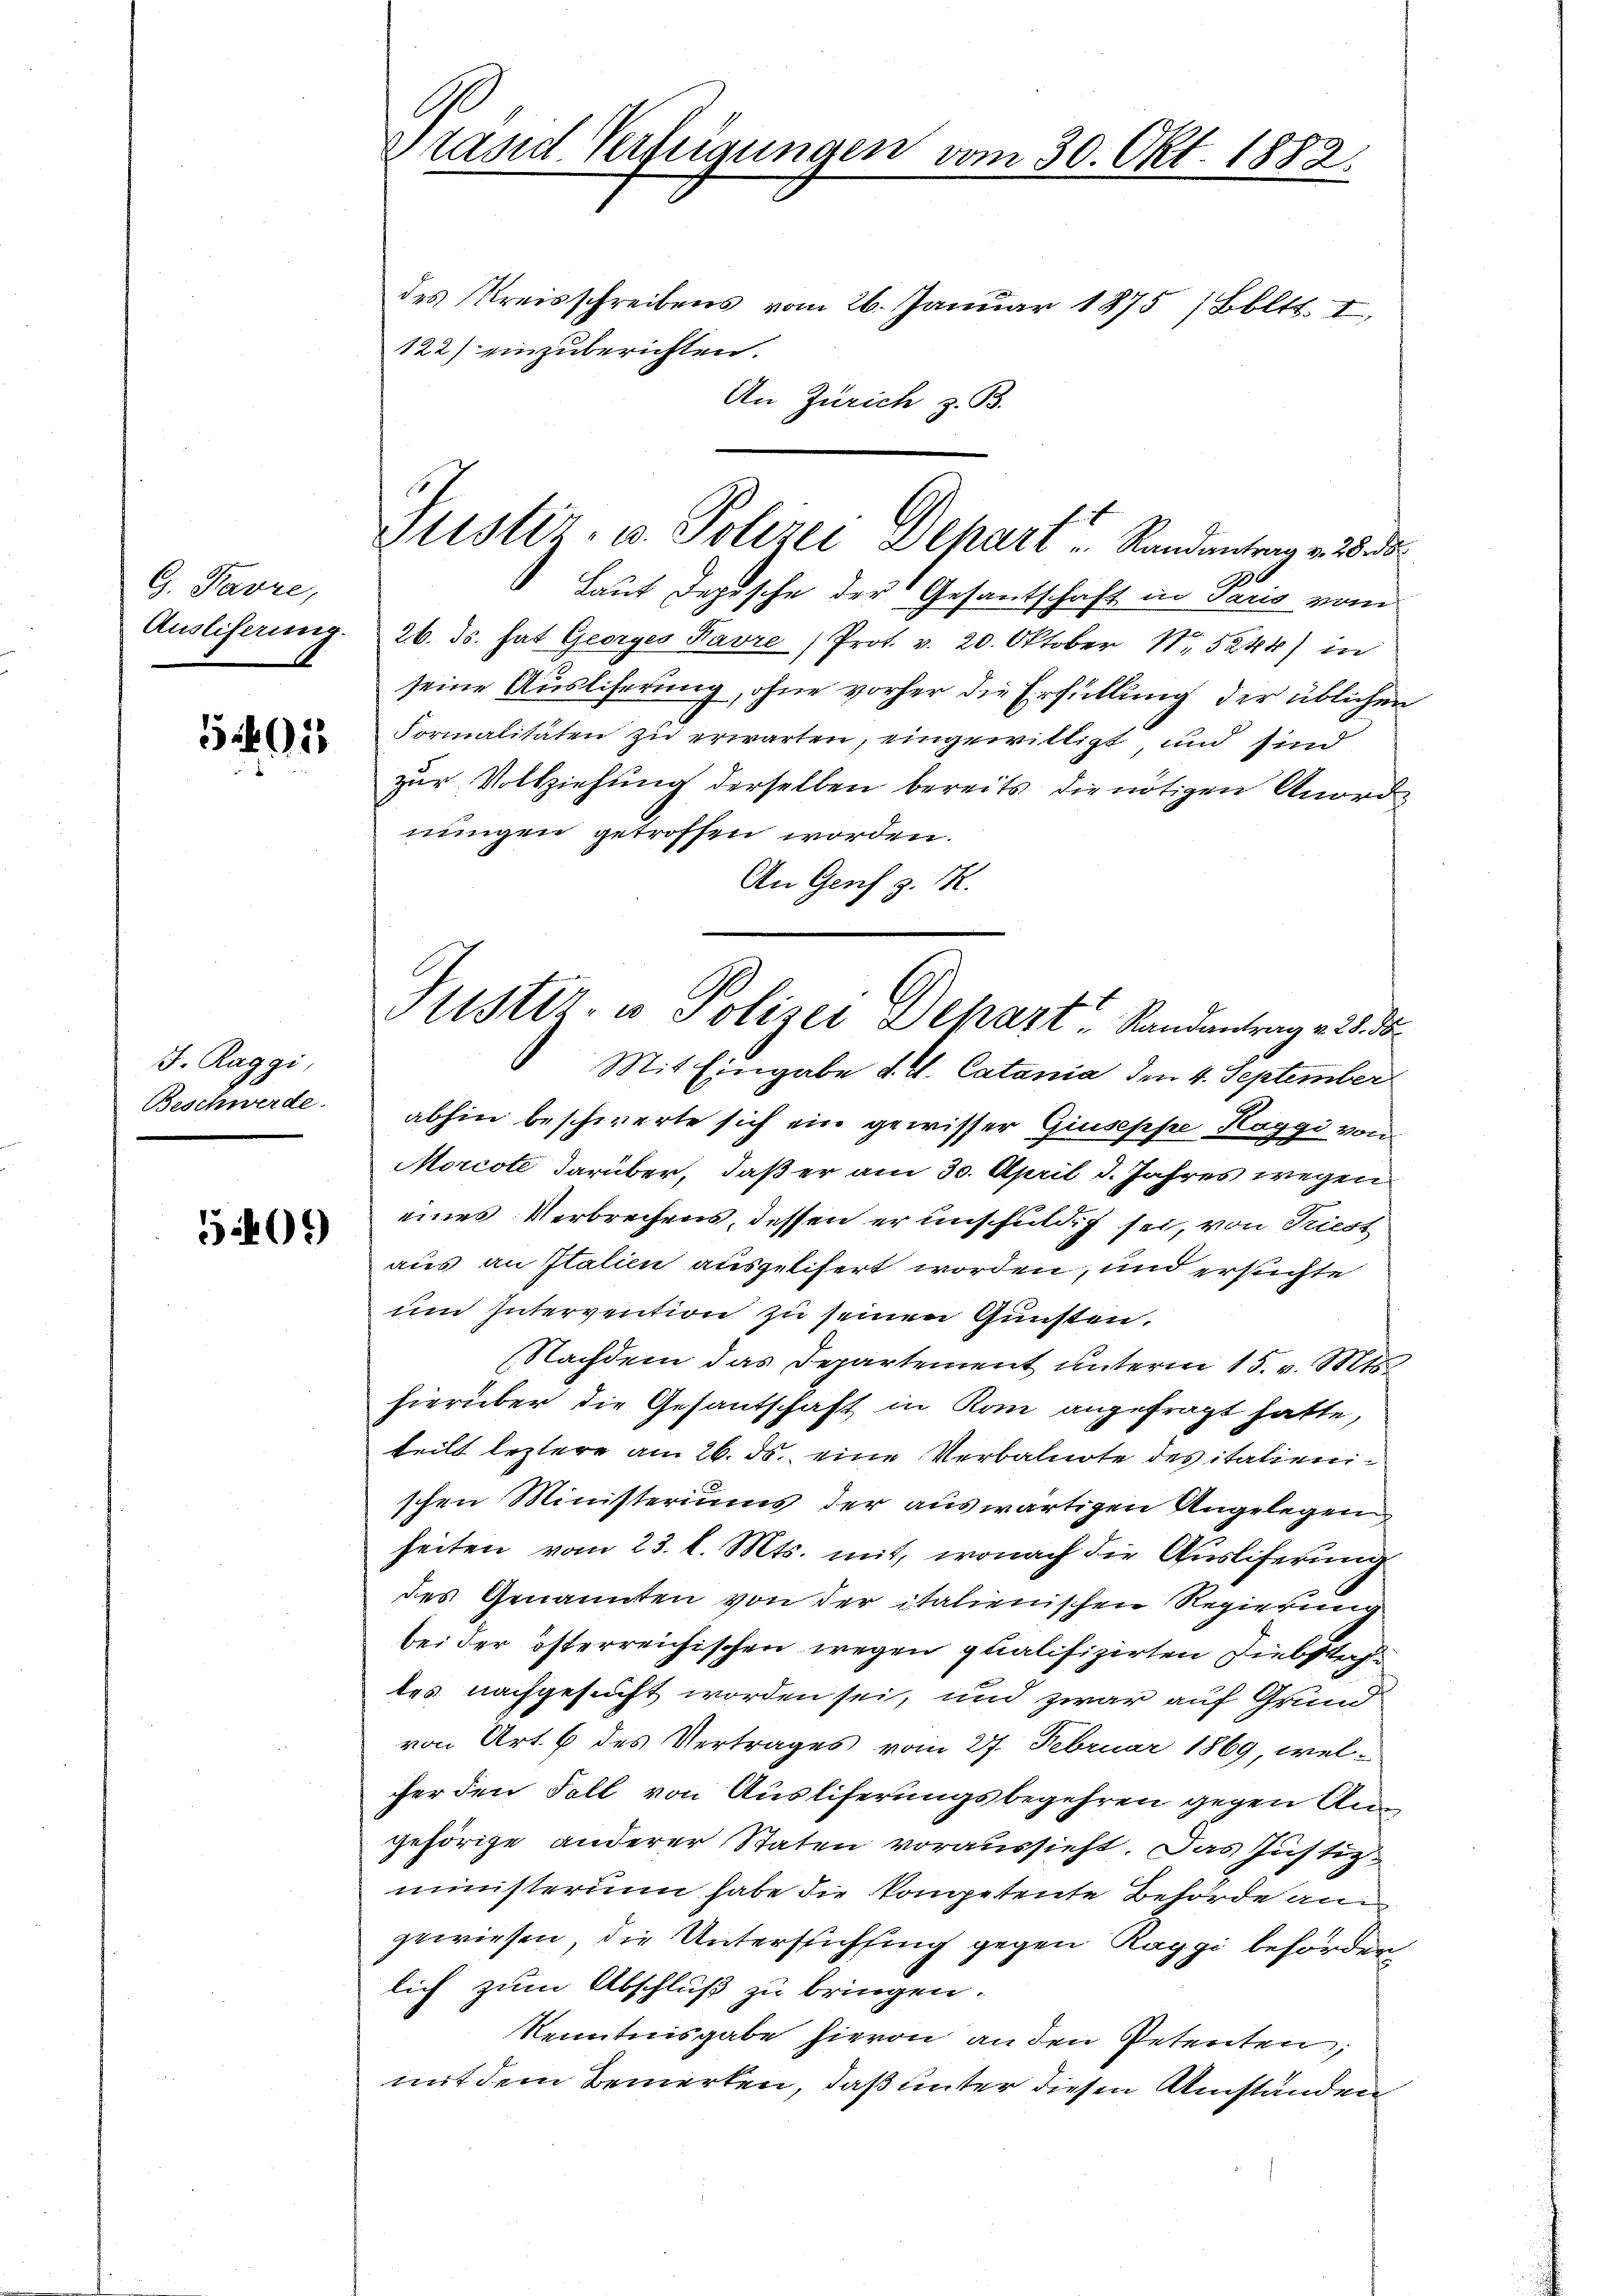
G. Favre,
Ausliserung.

3401

J. Raggi,
Beschwerde.

1469)

l
tasd Verfügungen vom 30. Okt. 1882.

des Kreisschreibens vom 26. Januar 1875 (Bbltt. I,
122) einzuberichten.
An Zürich z. B.

Justiz- u. Polizei Depart Randantrag v. 8. die

2
Laut Depesche der Gesantschaft in Paris vom
26. Js. hat Georges Pavre /Prot. v. 20. Oktober 15244) in
seine Ausliserung, ohne vorher die Erfüllung der üblichen
Formalitäten zu erwarten, eingewilligt und sind
zur Vollziehung derselben bereits die nötigen Anordnungen getroffen worden.
An Genf z. K.
Mit Eingabe d. V. Catania den 4. September
abhin beschwerte sich ein gewisser Giuseppe Hoggi von
Morcote darüber, daß er am 30. April d. Jahres wegen
eines Verbrechens, dessen er unschuldig sei, von Triest
aus an Italien ausgelifert worden, und ersuchte
um Intervention zu seinen Gunsten.
(Nachdem das Departement unterm 15. v. Mts.
hierüber die Gesantschaft in Kom angefragt hatte,
teilt leztere am 26. ds. eine Verbalnote des italienischen Ministeriums der auswärtigen Angelegen
heiten vom 23. l. Mts. mit, wonach die Auslieferung
des Genannten von der italienischen Regierung
bei der österreichischen wegen qualifizirten Diebstahtes nachgesucht worden sei, und zwar auf Grund
von Art. 6 des Vertrages vom 27. Februar 1869 welfer den Fall von Ausliferungsbegehren gegen Angehörige anderer Staten voraussieht. Das Justizministerium habe die Kompetente Behörde an
gewiesen, die Untersichtung gegen Raggi behörden
lich zum Abschluß zu bringen.
Kenntnisgabe hievon an den Petenten;
mit dem Bemerken, daß unter diesen Umständen

Gustiz- u Polizei Depart, Randantrag v. 25. 5